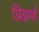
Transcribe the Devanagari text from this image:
प्रिझर्व्ह